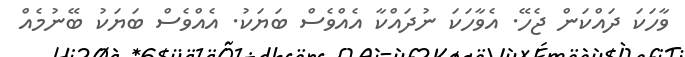
ވާހަކަ ދައްކަން ޖެހޭ. އެވާހަކަ ނުދައްކާ އެއްވެސް ބަޔަކު. އެއްވެސް ބަޔަކު ބޭނުމެއް